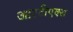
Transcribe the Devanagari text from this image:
आरटीएक्स